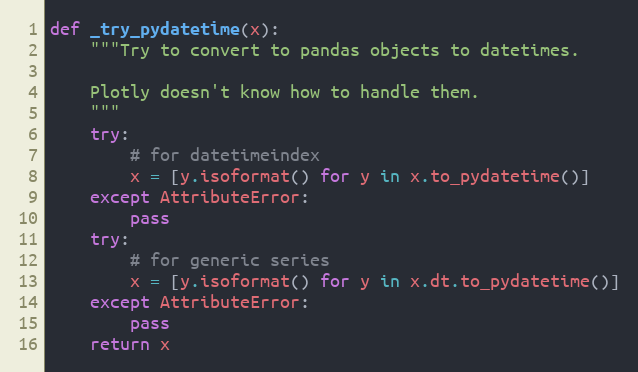
Language: Python
def _try_pydatetime(x):
    """Try to convert to pandas objects to datetimes.

    Plotly doesn't know how to handle them.
    """
    try:
        # for datetimeindex
        x = [y.isoformat() for y in x.to_pydatetime()]
    except AttributeError:
        pass
    try:
        # for generic series
        x = [y.isoformat() for y in x.dt.to_pydatetime()]
    except AttributeError:
        pass
    return x